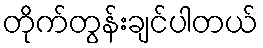
တိုက်တွန်းချင်ပါတယ်